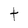
Character: t